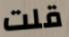
قلت